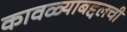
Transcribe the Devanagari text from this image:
कावळ्याबद्दलची